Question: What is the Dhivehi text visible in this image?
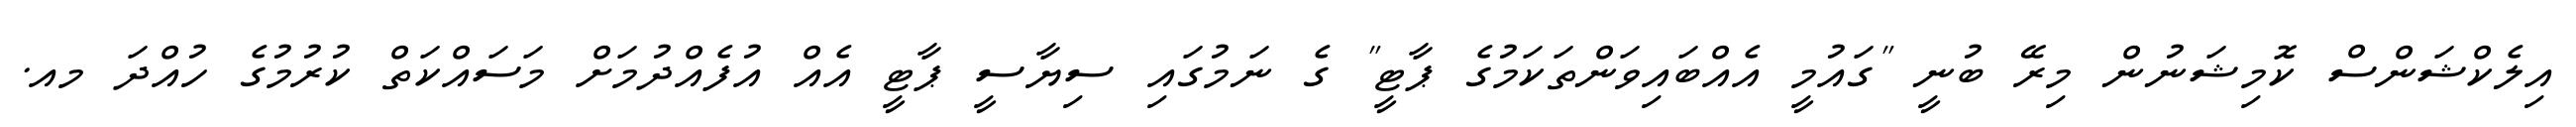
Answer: އިލެކްޝަންސް ކޮމިޝަނުން މިރޭ ބުނީ "ގައުމީ އެއްބައިވަންތަކަމުގެ ޕާޓީ" ގެ ނަމުގައި ސިޔާސީ ޕާޓީ އެއް އުފެއްދުމަށް މަސައްކަތް ކުރުމުގެ ހުއްދަ މއ.